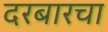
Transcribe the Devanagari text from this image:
दरबारचा